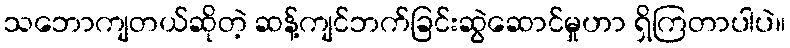
သဘောကျတယ်ဆိုတဲ့ ဆန့်ကျင်ဘက်ခြင်းဆွဲဆောင်မှုဟာ ရှိကြတာပါပဲ။